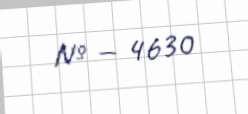
№ — 4630